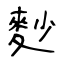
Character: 麨